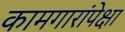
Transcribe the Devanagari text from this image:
कामगारांपेक्षा